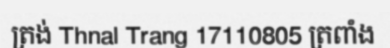
ត្រង់ Thnal Trang 17110805 ត្រពាំង